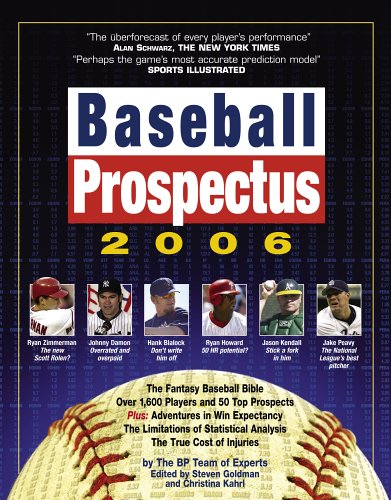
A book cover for Baseball Prospectus 2006:  The BP Team of Experts on Baseball Talent; Baseball Prospectus Team of Experts; Humor & Entertainment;